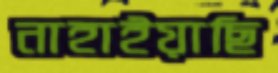
নাহাইয়াছি